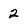
Character: 2